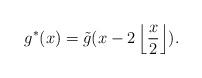
LaTeX: \begin{align*} g^*(x)=\tilde{g}(x-2\left\lfloor \frac x2 \right\rfloor). \end{align*}